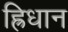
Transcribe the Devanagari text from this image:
ह्रिधान